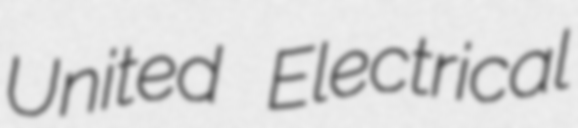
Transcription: United Electrical